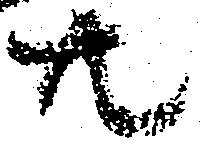
共